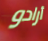
أرادو